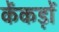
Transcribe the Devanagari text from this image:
केंकड़ों